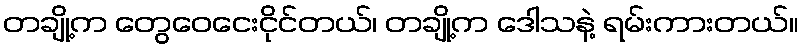
တချို့က တွေဝေငေးငိုင်တယ်၊ တချို့က ဒေါသနဲ့ ရမ်းကားတယ်။